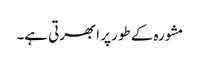
مشورہ کے طور پر ابھرتی ہے۔